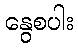
နွေစပါး